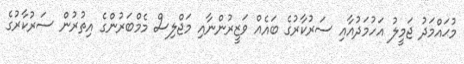
މުޙައްމަދު ޖަމީލު އަހުމަދުއާއި ސަރުކާރުގެ ބައެއް ވަޒީރުންނާއި މަޖްލިސް މެމްބަރުންގެ އިތުރުން ސަރުކާރުގެ